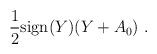
LaTeX: \begin{align*} {1\over 2} {\rm sign}(Y) (Y+ A_0)\ .\end{align*}